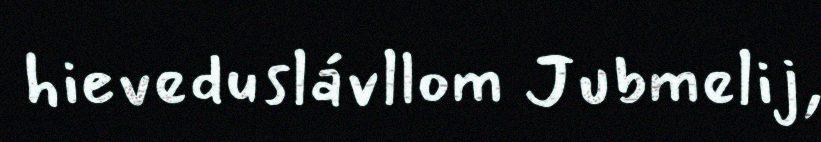
hieveduslávllom Jubmelij,